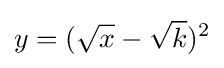
y=({\sqrt {x}}-{\sqrt {k}})^{2}